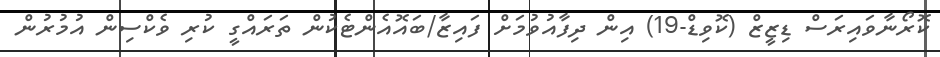
ކޮރޯނާވައިރަސް ޑިޒީޒް (ކޮވިޑް-19) އިން ދިފާއުވުމަށް ފައިޒާ/ބައޮއެންޓެކުން ތަރައްގީ ކުރި ވެކްސިން އުމުރުން